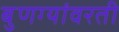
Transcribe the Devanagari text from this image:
बुणग्यांवरती